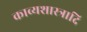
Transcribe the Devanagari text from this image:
काव्यशास्त्रादि